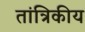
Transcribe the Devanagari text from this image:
तांत्रिकीय